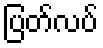
ပြတ်လပ်